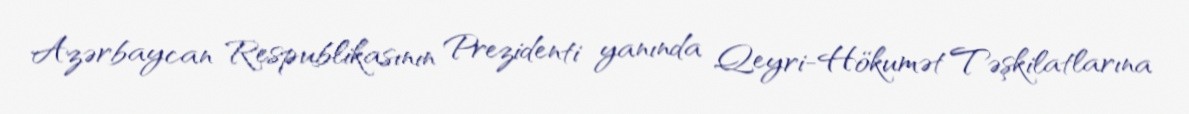
Azərbaycan Respublikasının Prezidenti yanında Qeyri-Hökumət Təşkilatlarına